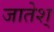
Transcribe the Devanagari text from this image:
जातेश्